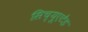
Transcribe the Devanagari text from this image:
सिच्यूएटेड